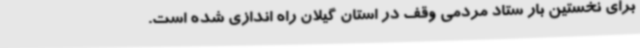
برای نخستین بار ستاد مردمی وقف در استان گیلان راه اندازی شده است.